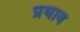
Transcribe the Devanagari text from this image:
प्रथाव